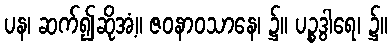
ပန၊ ဆက်၍ဆိုအံ့။ ဇဝနာဝသာနေ၊ ၌။ ပဉ္စဒွါရေ၊ ၌။